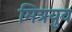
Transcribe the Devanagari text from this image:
मित्रयुव